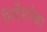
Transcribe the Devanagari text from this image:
निर्देशांका